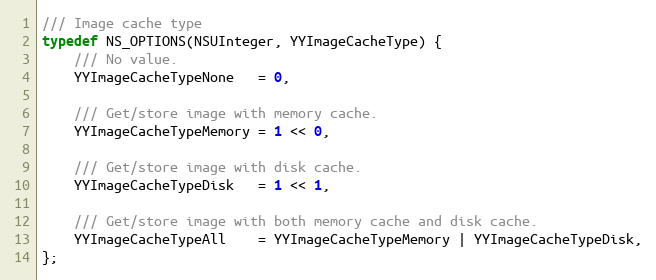
Language: C
/// Image cache type
typedef NS_OPTIONS(NSUInteger, YYImageCacheType) {
    /// No value.
    YYImageCacheTypeNone   = 0,

    /// Get/store image with memory cache.
    YYImageCacheTypeMemory = 1 << 0,

    /// Get/store image with disk cache.
    YYImageCacheTypeDisk   = 1 << 1,

    /// Get/store image with both memory cache and disk cache.
    YYImageCacheTypeAll    = YYImageCacheTypeMemory | YYImageCacheTypeDisk,
};